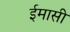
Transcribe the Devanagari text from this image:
ईमासी